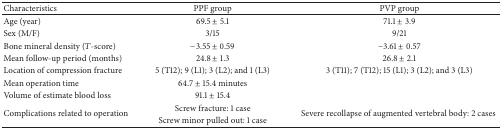
| Characteristics | PPF group | PVP group |
 | --- | --- | --- |
 | Age (year) | 69.5 ± 5.1 | 71.1 ± 3.9 |
 | Sex (M/F) | 3/15 | 9/21 |
 | Bone mineral density (T-score) | −3.55 ± 0.59 | −3.61 ± 0.57 |
 | Mean follow-up period (months) | 24.8 ± 1.3 | 26.8 ± 2.1 |
 | Location of compression fracture | 5 (T12); 9 (L1); 3 (L2); and 1 (L3) | 3 (T11); 7 (T12); 15 (L1); 3 (L2); and 3 (L3) |
 | Mean operation time | 64.7 ± 15.4 minutes |  |
 | Volume of estimate blood loss | 91.1 ± 15.4 |  |
 | <ROWSPAN=2> Complications related to operation | Screw fracture: 1 case | <ROWSPAN=2> Severe recollapse of augmented vertebral body: 2 cases |
 | Screw minor pulled out: 1 case |